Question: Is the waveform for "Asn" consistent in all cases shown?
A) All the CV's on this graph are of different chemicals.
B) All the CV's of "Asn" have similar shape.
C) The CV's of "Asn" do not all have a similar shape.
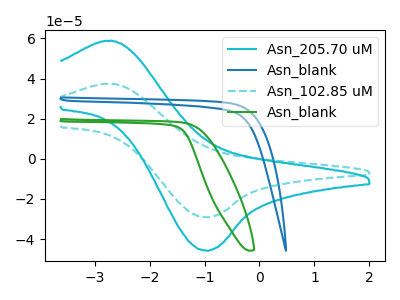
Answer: <think>The cyan curve "Asn_205.70 uM" has an anodic peak at (-2.65V, 58.70uA) and a cathodic peak at (-0.95V, -45.85uA). The blue curve "Asn_blank" has no peaks. The cyan dashed curve "Asn_102.85 uM" has an anodic peak at (-2.65V, 37.35uA) and a cathodic peak at (-0.95V, -29.15uA). The green curve "Asn_blank" has no peaks.
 "Asn_205.70 uM" and "Asn_blank" have a different number of peaks. All the peaks in "Asn_205.70 uM" have a peak in "Asn_102.85 uM" at the same potential. Every peak in "Asn_205.70 uM" is higher than every peak in "Asn_102.85 uM". "Asn_205.70 uM" and "Asn_blank" have a different number of peaks. "Asn_blank" and "Asn_102.85 uM" have a different number of peaks. Neither "Asn_blank" or "Asn_blank" have any peaks. "Asn_102.85 uM" and "Asn_blank" have a different number of peaks.</think>
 <answer>B) All the CV's of "Asn" have similar shape.</answer>
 <eval>B</eval>